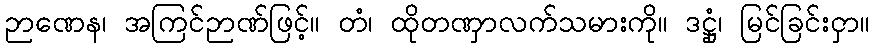
ဉာဏေန၊ အကြင်ဉာဏ်ဖြင့်။ တံ၊ ထိုတဏှာလက်သမားကို။ ဒဋ္ဌုံ၊ မြင်ခြင်းငှာ။